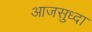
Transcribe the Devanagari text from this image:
आजसुध्दा